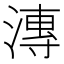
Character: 漙